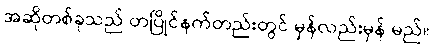
အဆိုတစ်ခုသည် တပြိုင်နက်တည်းတွင် မှန်လည်းမှန် မည်။